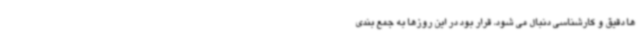
ها دقیق و کارشناسی دنبال می شود، قرار بود در این روزها به جمع بندی